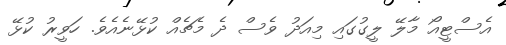
އެސްޓީއޯ މާލޭ ލީގުގައި މިއަދު ވެސް ދެ މެޗެއް ކުޅޭނެއެވެ. ހަވީރު ކުޅޭ